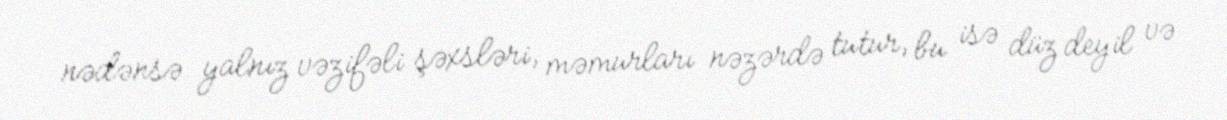
nədənsə yalnız vəzifəli şəxsləri, məmurları nəzərdə tutur, bu isə düz deyil və